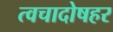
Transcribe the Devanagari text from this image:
त्वचादोषहर